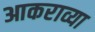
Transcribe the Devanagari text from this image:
आकराव्या